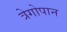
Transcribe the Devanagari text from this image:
त्रेगोपान